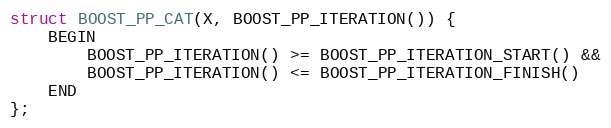
Language: C
struct BOOST_PP_CAT(X, BOOST_PP_ITERATION()) {
    BEGIN
        BOOST_PP_ITERATION() >= BOOST_PP_ITERATION_START() &&
        BOOST_PP_ITERATION() <= BOOST_PP_ITERATION_FINISH()
    END
};